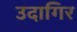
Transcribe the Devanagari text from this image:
उदागिर